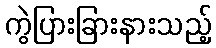
ကွဲပြားခြားနားသည့်